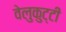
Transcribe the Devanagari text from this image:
वेलुकुट्टी